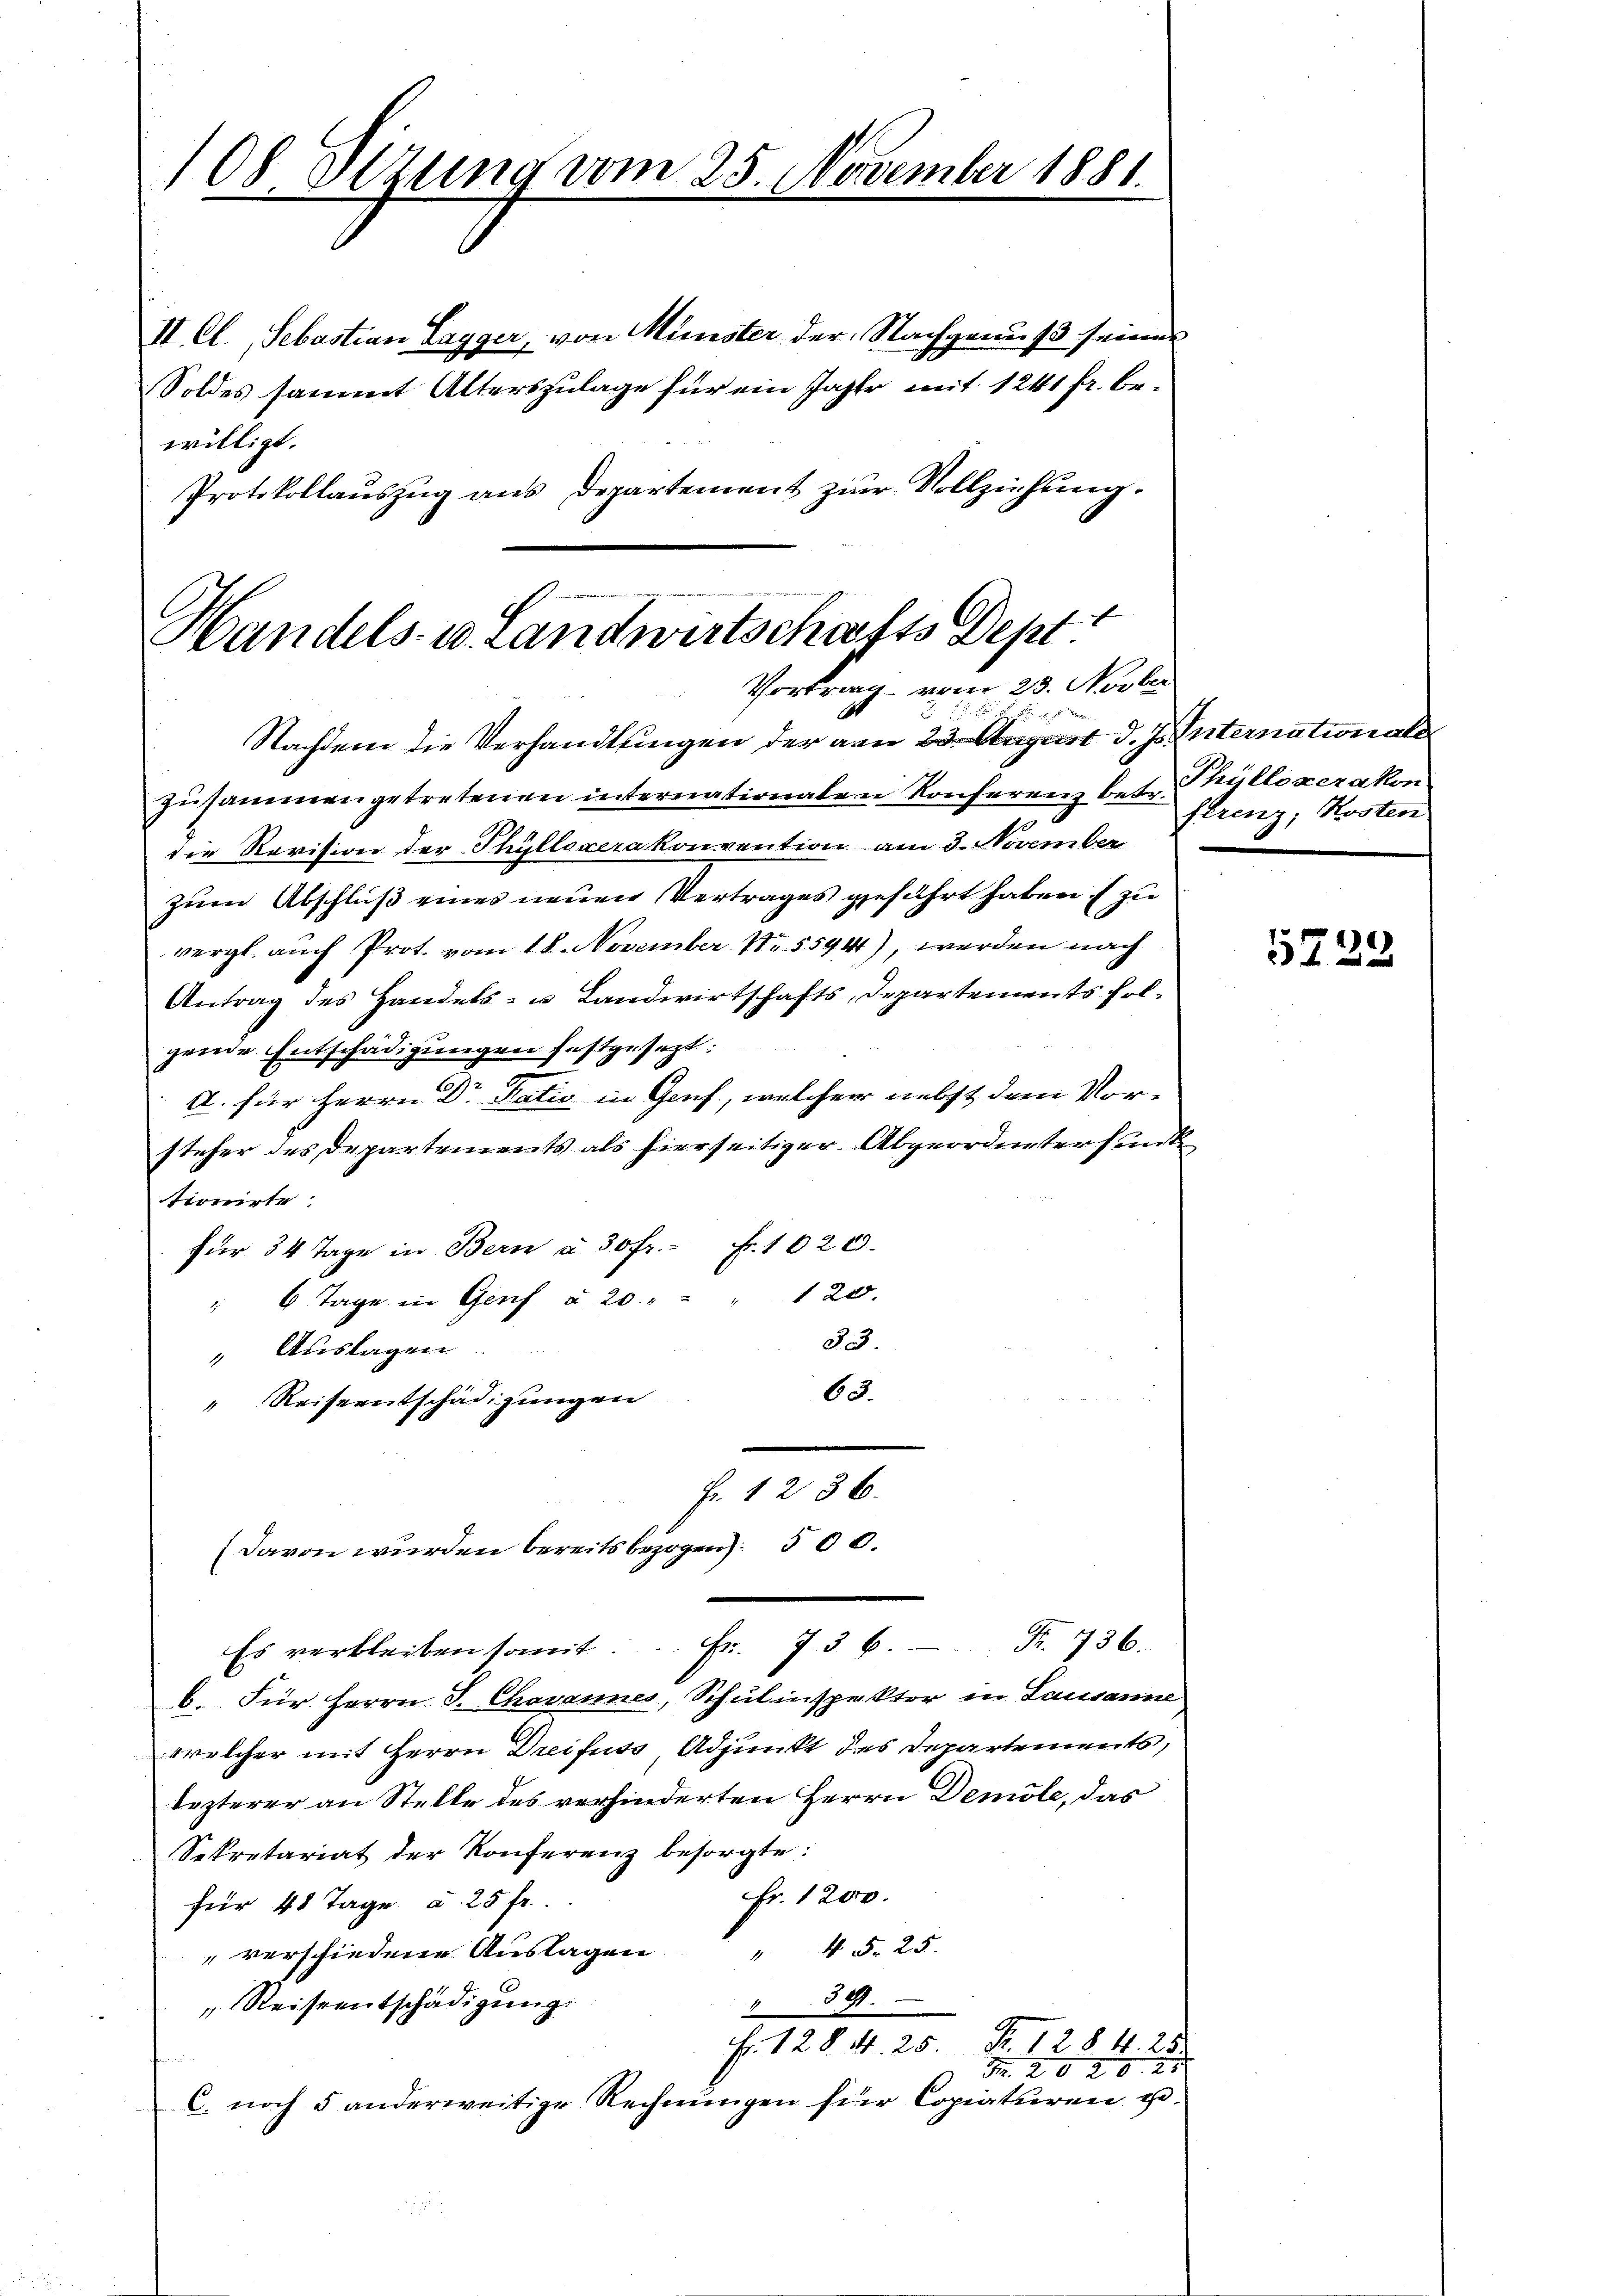
108. Setzung vom 25. November 1881.

II. Cl., Sebastian Lagger, von Münster der Nachgenuß seines
Soldes sammt Alterszulage für ein Jahr mit 1241 fr. bewilligt.
Protokollaŭszŭg ans Departement zur Vollziehung.

Handels- u. Landwirtschafts Dept:
Vortrag vom 23. Novber

Nachdem die Verhandlungen der am 23. August d. Js. Internationale
zŭsammengetretenen internationalen Konferenz betr. Thüllozerakon
die Revision der Thüllexerakonvention am 3. November
zum Abschluß eines neuen Vertrages geführt haben zu
vergl. auch Prot. vom 18. November N. 55941), werden nach
Antrag des Handels- u Landwirtschafts, Departements folgende Entschädigungen festgesezt:
e
A. für Herrn Dr Natio in Genf, welcher nebst dem Vor-
steher des Departements als hierseitiger Abgeordneter sank
tionirte:
für 34 Tage in Bern à 30 fr. f. 1020.
" 6 Tage in Genf u. 20 " " " 120.
33.
" Auslagen
63.
" Reiseentschädigungen
Fr. 1236.
(davon wurden bereits bezogen 500.
Es verbleiben somit Fr. 736. Fr. 736.
6. Für Herrn J. Chovanne, Schulinspektor in Lausanne
welcher mit Herrn Dreifuss, Adjunkt des Departements,
Eezterer an Stelle des verhinderten Herrn Demole, das
Sekretariat der Konferenz besorgte:
Fr. 1200.
für 40 Tage a. 25 fr.
" verschiedene Auslagen " 45. 25.
399.
" Reiseentschädigung.
Fr. 128. d. 25. Fr. 128425
Fr. 20. 20. 21
C. noch 5 anderweitige Rechnungen für Copiaturen u.

ferenz, Kosten

5722